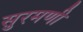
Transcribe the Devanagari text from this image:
सुरमणी